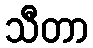
သီတာ